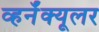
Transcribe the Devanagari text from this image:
व्हर्नॅक्यूलर